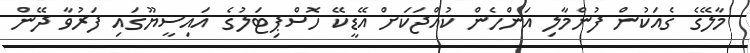
މާލޭގެ ގެއަކުން ފުންމާލި އަންހެން ކުއްޖަކަށް އޭޑީކޭ ހޮސްޕިޓަލުގެ އައިސީޔޫގައި ފަރުވާ ދޭން